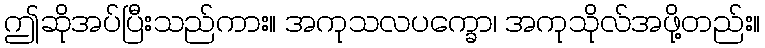
ဤဆိုအပ်ပြီးသည်ကား။ အကုသလပက္ခော၊ အကုသိုလ်အဖို့တည်း။